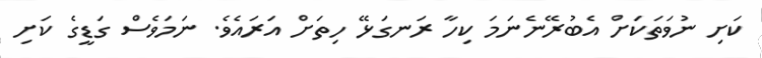
ކަށި ނުވަތަކަށް އެބުރޭނެނަމަ ކިހާ ރަނގަޅޭ ހިތަށް އަރައެވެ. ނަމަވެސް ގަޑީގެ ކަށި